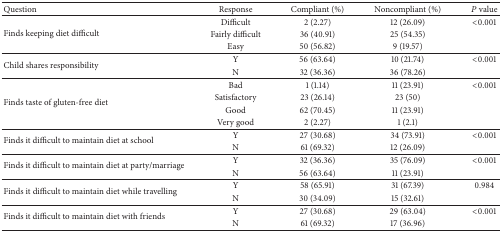
<table><thead><tr><td><b>Question</b></td><td><b>Response</b></td><td><b>Compliant (%)</b></td><td><b>Noncompliant (%)</b></td><td><b><i>P</i> value</b></td></tr></thead><tbody><tr><td rowspan="3">Finds keeping diet difficult</td><td>Difficult</td><td>2 (2.27)</td><td>12 (26.09)</td><td>&lt;0.001</td></tr><tr><td>Fairly difficult</td><td>36 (40.91)</td><td>25 (54.35)</td><td> </td></tr><tr><td>Easy</td><td>50 (56.82)</td><td>9 (19.57)</td><td> </td></tr><tr><td rowspan="2">Child shares responsibility</td><td>Y</td><td>56 (63.64)</td><td>10 (21.74)</td><td>&lt;0.001</td></tr><tr><td>N</td><td>32 (36.36)</td><td>36 (78.26)</td><td> </td></tr><tr><td rowspan="4">Finds taste of gluten-free diet</td><td>Bad</td><td>1 (1.14)</td><td>11 (23.91)</td><td>&lt;0.001</td></tr><tr><td>Satisfactory</td><td>23 (26.14)</td><td>23 (50)</td><td> </td></tr><tr><td>Good</td><td>62 (70.45)</td><td>11 (23.91)</td><td> </td></tr><tr><td>Very good</td><td>2 (2.27)</td><td>1 (2.1)</td><td> </td></tr><tr><td rowspan="2">Finds it difficult to maintain diet at school</td><td>Y</td><td>27 (30.68)</td><td>34 (73.91)</td><td>&lt;0.001</td></tr><tr><td>N</td><td>61 (69.32)</td><td>12 (26.09)</td><td> </td></tr><tr><td rowspan="2">Finds it difficult to maintain diet at party/marriage</td><td>Y</td><td>32 (36.36)</td><td>35 (76.09)</td><td>&lt;0.001</td></tr><tr><td>N</td><td>56 (63.64)</td><td>11 (23.91)</td><td> </td></tr><tr><td rowspan="2">Finds it difficult to maintain diet while travelling</td><td>Y</td><td>58 (65.91)</td><td>31 (67.39)</td><td>0.984</td></tr><tr><td>N</td><td>30 (34.09)</td><td>15 (32.61)</td><td> </td></tr><tr><td rowspan="2">Finds it difficult to maintain diet with friends</td><td>Y</td><td>27 (30.68)</td><td>29 (63.04)</td><td>&lt;0.001</td></tr><tr><td>N</td><td>61 (69.32)</td><td>17 (36.96)</td><td> </td></tr></tbody></table>